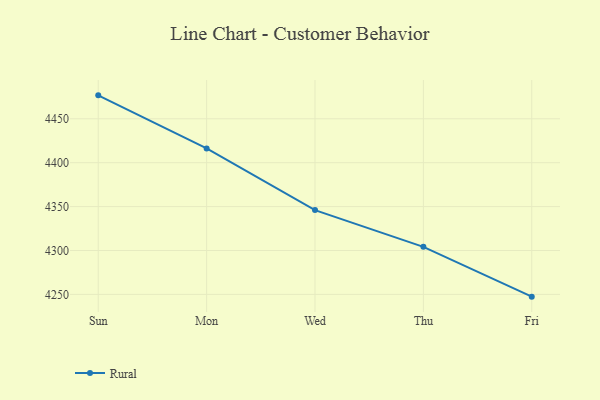
{"axis": {"x": "Day", "y": "Conversion Rate (%)"}, "legend": ["Rural"], "data": [{"x": "Sun", "y": 4476.7, "type": "Rural"}, {"x": "Mon", "y": 4416.2, "type": "Rural"}, {"x": "Wed", "y": 4346.0, "type": "Rural"}, {"x": "Thu", "y": 4304.1, "type": "Rural"}, {"x": "Fri", "y": 4247.4, "type": "Rural"}]}